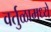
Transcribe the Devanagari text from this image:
वर्तुळामध्ये